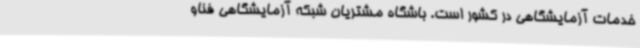
خدمات آزمایشگاهی در کشور است. باشگاه مشتریان شبکه آزمایشگاهی فناو